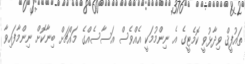
ތައުފީޤް ވިދާޅުވީ ކޮމެޓީގެ އެ ނިންމުމަކީ އެއްވެސް އަސާސެއްގެ މައްޗަށް ބިނާކޮށް ނިންމާފައިވާ